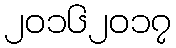
၂၀၁၆၂၀၁၇